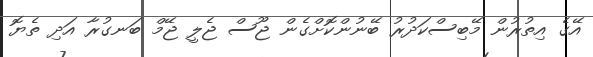
އޭގެ އިތުރުން މޭބިސްކަދުރު ބޭނުންކޮށްގެން ޖޫސް ޖެލީ ޖޭމް ބަނގުރާ އަދި ތެޔޮ